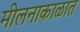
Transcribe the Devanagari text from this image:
मीलनाकाळात